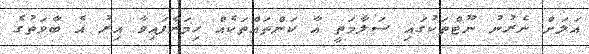
އަލަށް ނެރުނު ނޫޓްތަކުގައި ސަލާމަތީ އާ ކަންތައްތަކެއް ހިމަނާފައިވާ އިރު އެ ބާވަތުގެ